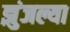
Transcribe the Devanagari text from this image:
झुंजल्या